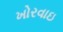
ખોરવાઇ